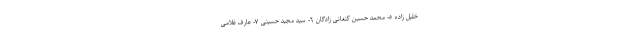
خلیل زاده ٥- محمد حسین کنعانى زادگان ٦- سید مجید حسینى ٧- عارف غلامى